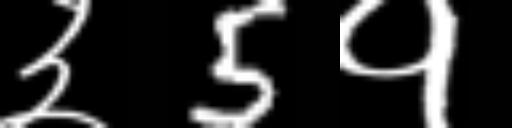
Text: ३5१